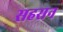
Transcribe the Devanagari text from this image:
सहसन